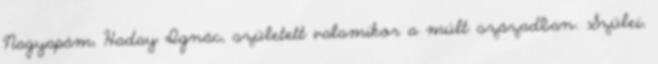
Nagyapám, Haday Ignác, született valamikor a múlt században. Szülei,